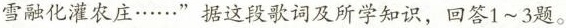
雪融化灌农庄……”据这段歌词及所学知识，回答1~3题。